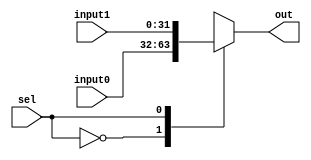
module MUX_2to1 #(parameter size = 32)(
    //inputs & output ports
    input      [size-1:0] input0,
    input      [size-1:0] input1,
    input                 sel,
    output reg [size-1:0] out
);
    always @(*) begin
        
        case (sel)
            1'd0:  out = input0;
            1'd1:  out = input1;
            default: out = {size{1'b0}};
        endcase

    end

endmodule